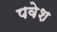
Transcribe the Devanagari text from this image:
पवेश